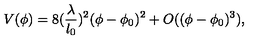
V ( \phi ) = 8 ( \frac { \lambda } { l _ { 0 } } ) ^ { 2 } ( \phi - \phi _ { 0 } ) ^ { 2 } + O ( ( \phi - \phi _ { 0 } ) ^ { 3 } ) ,